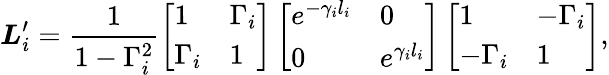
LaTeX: \boldsymbol{L}_{i}^{\prime}=\frac{1}{1-\Gamma_{i}^{2}}\left[\begin{array}{ll}{1}&{\Gamma_{i}}\\ {\Gamma_{i}}&{1}\end{array}\right]\left[\begin{array}{ll}{e^{-\gamma_{i}l_{i}}}&{0}\\ {0}&{e^{\gamma_{i}l_{i}}}\end{array}\right]\left[\begin{array}{ll}{1}&{-\Gamma_{i}}\\ {-\Gamma_{i}}&{1}\end{array}\right],